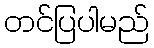
တင်ပြပါမည်